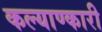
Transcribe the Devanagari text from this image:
कल्याण्कारी